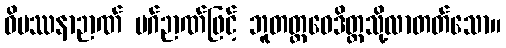
ဝိပဿနာဉာဏ် မဂ်ဉာဏ်ဖြင့် ဘူတတ္ထဝေဒိတ္တသို့လာတတ်သော။